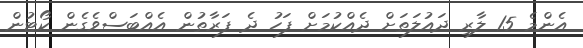
އެންމެ 15 ލާރި ދައުލަތަށް ދެއްކުމަށް ފަހު ދެ ފަރާތުން އެއްބަސްވެގެން ކޯޓުން